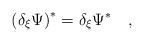
LaTeX: \begin{align*} \left( \delta_\xi \Psi \right)^* = \delta_\xi \Psi^* \quad ,\end{align*}